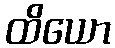
ထိယော